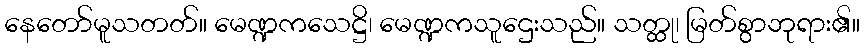
နေတော်မူသတတ်။ မေဏ္ဍကသေဋ္ဌိ၊ မေဏ္ဍကသူဌေးသည်။ သတ္ထု၊ မြတ်စွာဘုရား၏။